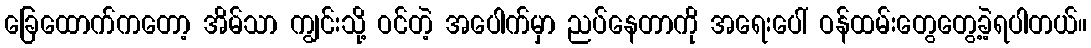
ခြေထောက်ကတော့ အိမ်သာ ကျွင်းသို့ ဝင်တဲ့ အပေါက်မှာ ညပ်နေတာကို အရေးပေါ် ဝန်ထမ်းတွေတွေ့ခဲ့ရပါတယ်။